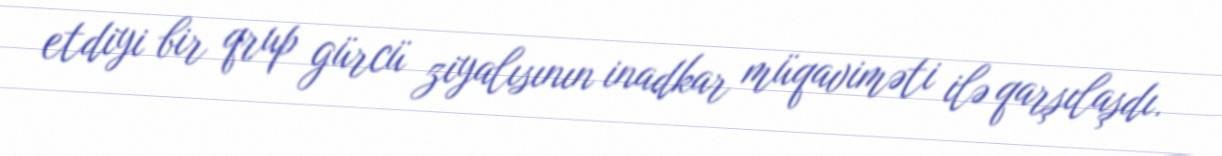
etdiyi bir qrup gürcü ziyalısının inadkar müqaviməti ilə qarşılaşdı.